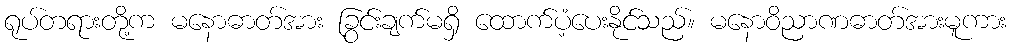
ရုပ်တရားတို့က မနောဓာတ်အား ခြွင်းချက်မရှိ ထောက်ပံ့ပေးနိုင်သည်။ မနောဝိညာဏဓာတ်အားမူကား